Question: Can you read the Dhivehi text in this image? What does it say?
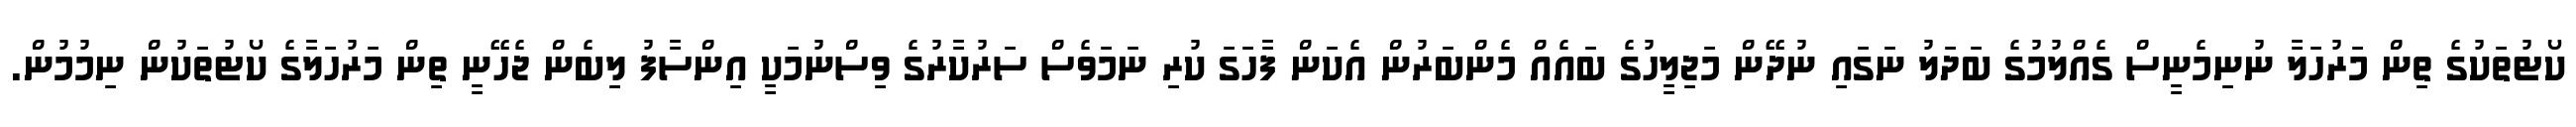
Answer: ކޯޓުތަކުގެ ތިން މަރުހަލާ ނުނިމެނީސް ގެއްލުމުގެ ބަދަލު ނަގައި ނުދޭން މަޖިލީހުގެ ބައެއް މެންބަރުން އެކަން ފާހަގަ ކުރި ނަމަވެސް ސަރުކާރުގެ ވިސްނުމަކީ އިންސާފު ލިބެން ޖެހޭނީ ތިން މަރުހަލާގެ ކޯޓުތަކުން ނިމުމުން.